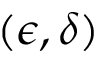
( \epsilon , \delta )